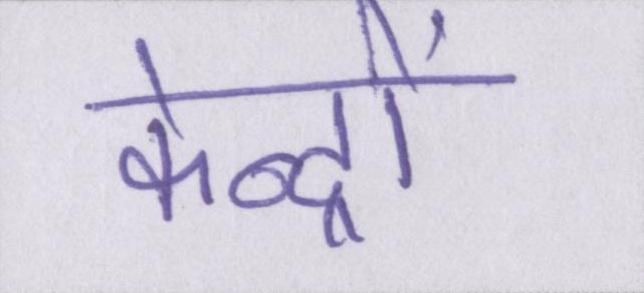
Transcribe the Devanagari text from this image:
केन्द्रों